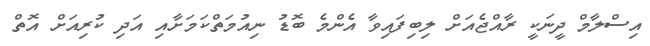
އިސްލާމް ދީނަކީ ރާއްޖެއަށް ލިބިފައިވާ އެންމެ ބޮޑު ނިއުމަތްކަމަށާއި އަދި ކުރިއަށް އޮތް